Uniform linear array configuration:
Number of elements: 48
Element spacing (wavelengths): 0.5
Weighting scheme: cosine
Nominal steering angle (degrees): -60
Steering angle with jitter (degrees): -60.736
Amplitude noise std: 0.05
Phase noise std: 0.05

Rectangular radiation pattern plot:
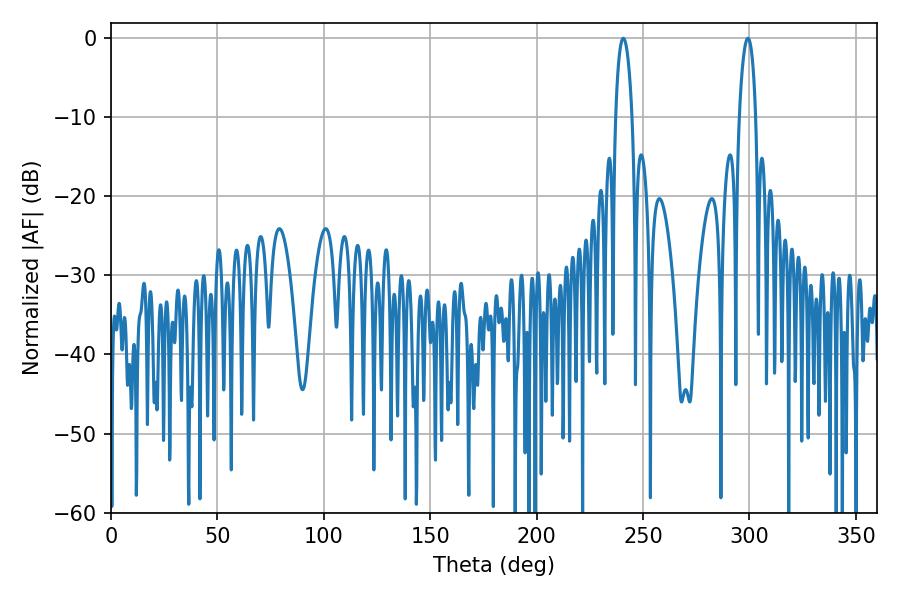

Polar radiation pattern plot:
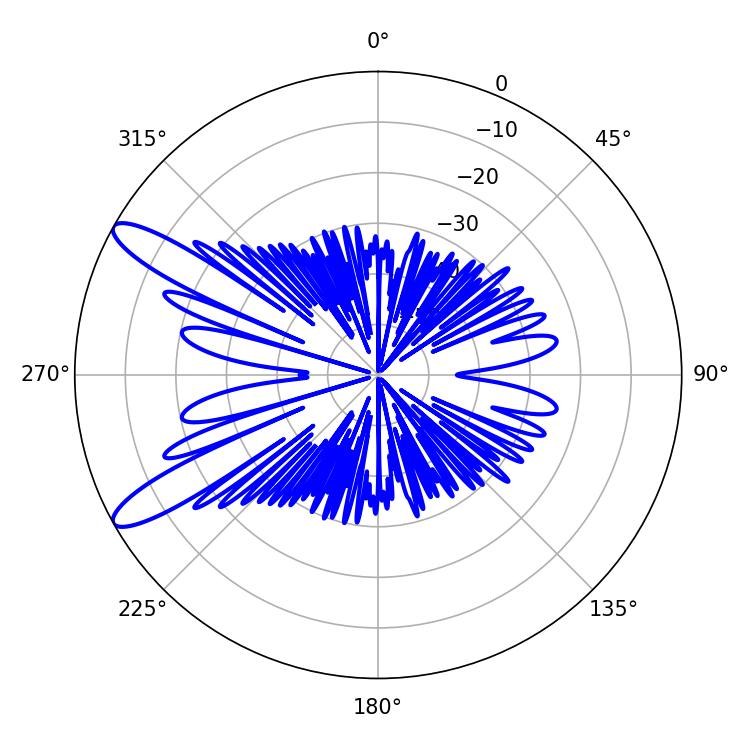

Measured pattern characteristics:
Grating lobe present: FALSE
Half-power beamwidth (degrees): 4.32
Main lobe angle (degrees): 240.66